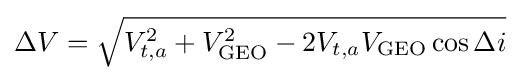
\Delta V={\sqrt {V_{t,a}^{2}+V_{\text{GEO}}^{2}-2V_{t,a}V_{\text{GEO}}\cos \Delta i}}